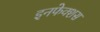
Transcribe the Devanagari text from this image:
इनफेक्शस